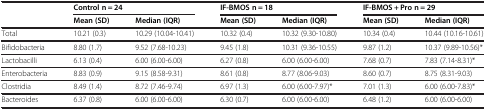
| <ROWSPAN=2>  | <COLSPAN=2> Control n = 24 | <COLSPAN=2> IF-BMOS n = 18 | <COLSPAN=2> IF-BMOS + Pro n = 29 |
 | Mean (SD) | Median (IQR) | Mean (SD) | Median (IQR) | Mean (SD) | Median (IQR) |
 | --- | --- | --- | --- | --- | --- | --- |
 | Total | 10.21 (0.3) | 10.29 (10.04-10.41) | 10.32 (0.4) | 10.32 (9.30-10.80) | 10.34 (0.4) | 10.44 (10.16-10.61) |
 | Bifidobacteria | 8.80 (1.7) | 9.52 (7.68-10.23) | 9.45 (1.8) | 10.31 (9.36-10.55) | 9.87 (1.2) | 10.37 (9.89-10.56)* |
 | Lactobacilli | 6.13 (0.4) | 6.00 (6.00-6.00) | 6.27 (0.8) | 6.00 (6.00-6.00) | 7.68 (0.7) | 7.83 (7.14-8.31)* |
 | Enterobacteria | 8.83 (0.9) | 9.15 (8.58-9.31) | 8.61 (0.8) | 8.77 (8.06-9.03) | 8.60 (0.7) | 8.75 (8.31-9.03) |
 | Clostridia | 8.49 (1.4) | 8.72 (7.46-9.74) | 6.97 (1.3) | 6.00 (6.00-7.97)* | 7.01 (1.3) | 6.00 (6.00-7.83)* |
 | Bacteroides | 6.37 (0.8) | 6.00 (6.00-6.00) | 6.30 (0.7) | 6.00 (6.00-6.00) | 6.48 (1.2) | 6.00 (6.00-6.00) |